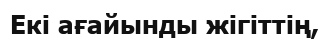
Екі ағайынды жігіттің,